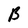
Character: B